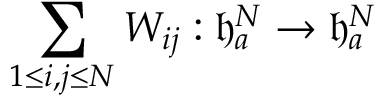
\sum _ { 1 \le i , j \le N } W _ { i j } : \mathfrak { h } _ { a } ^ { N } \to \mathfrak { h } _ { a } ^ { N }